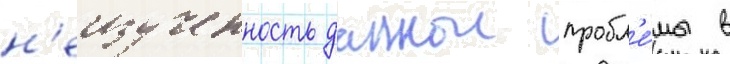
н'еизученность даннои пробл'е́мы в